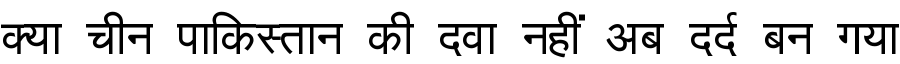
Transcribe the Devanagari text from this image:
क्या चीन पाकिस्तान की दवा नहीं अब दर्द बन गया